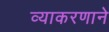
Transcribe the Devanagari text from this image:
व्याकरणाने